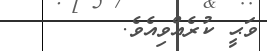
ވަޙީ ކުރެއްވިއެވެ.